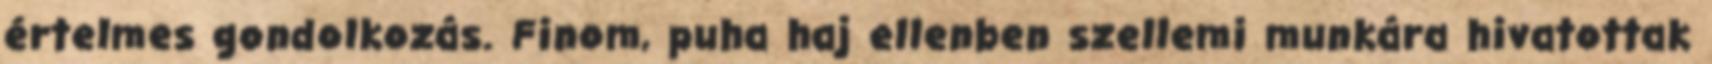
értelmes gondolkozás. Finom, puha haj ellenben szellemi munkára hivatottak